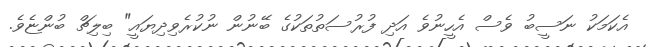
އެކަމަކު ނަސީބު ވެސް އެހީނުވެ އަދި ފުރުސަތުތަކުގެ ބޭނުން ނުކުރެވިދިޔައީ" ބިލިިޗް ބުންޏެވެ.